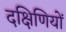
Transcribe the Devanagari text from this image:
दक्षिणियों